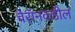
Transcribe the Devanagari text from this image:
चेरॉनकडील